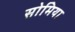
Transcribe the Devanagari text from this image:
सोमिया